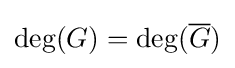
\deg(G)=\deg({\overline {G}})